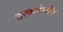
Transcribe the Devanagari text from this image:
उत्कर्षयति